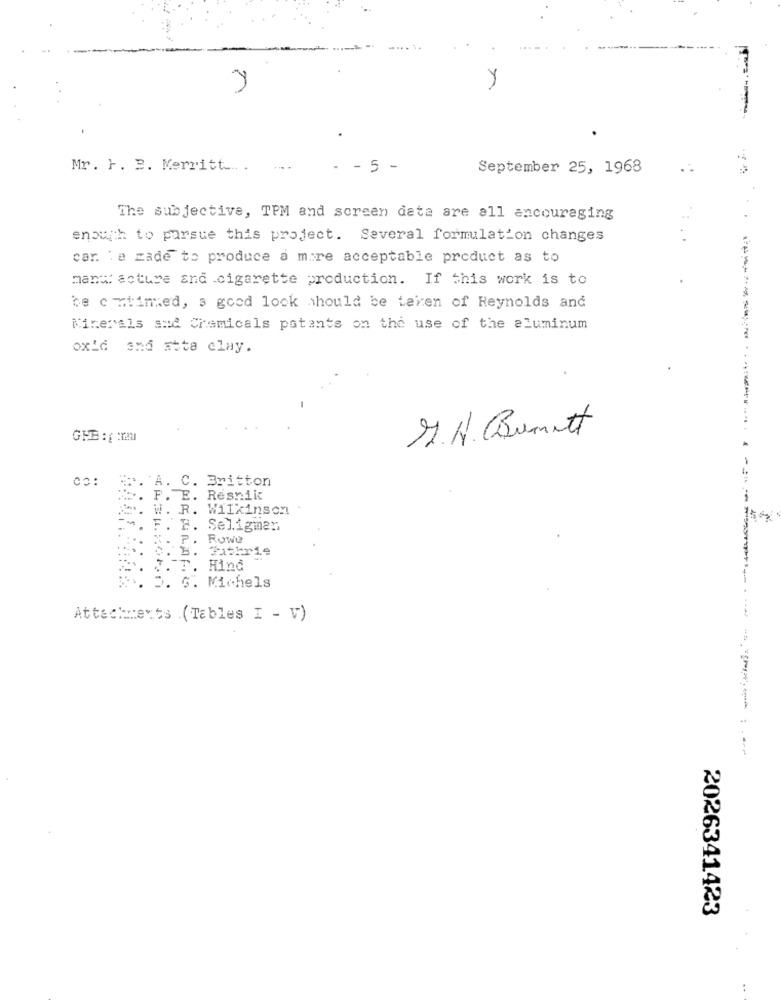
Y
Mr. F. B. Merritt ... .
- 5 -
September 25, 1968
The subjective, TPM and screen data are all encouraging
enough to pursue this project. Several formulation changes
car. le zade to produce a more acceptable product as to
manw: acture and .cigarette production. If this work is to
be c mined, a good look should be taken of Reynolds and
Minerals and Chemicals patants on the use of the aluminum
oxid and atta clay.
M.N. Bumitt
02:
A. C. Britton
Wilkinson
- -
Seligman
Guthrie
---
D. G. Michels
Attachments (Tables I - V)
-----------
2026341423
: